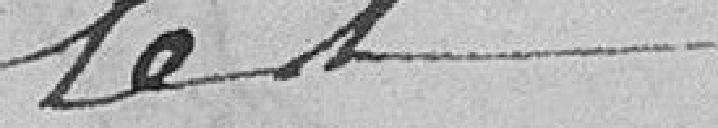
les